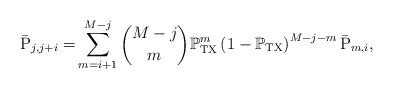
LaTeX: \begin{align*} \bar{\rm P}_{j,j+i} =&\sum^{M-j}_{m=i+1} {M-j \choose m} \mathbb{P}_{\rm TX}^m \left(1- \mathbb{P}_{\rm TX}\right) ^{M-j-m} \bar{\rm P}_{m,i}, \end{align*}